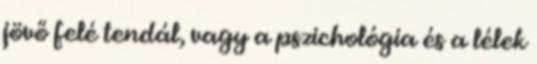
jövő felé tendál, vagy a pszichológia és a lélek